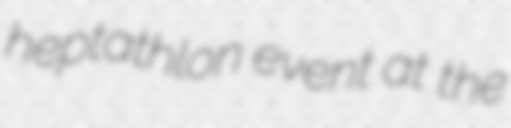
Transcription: heptathlon event at the